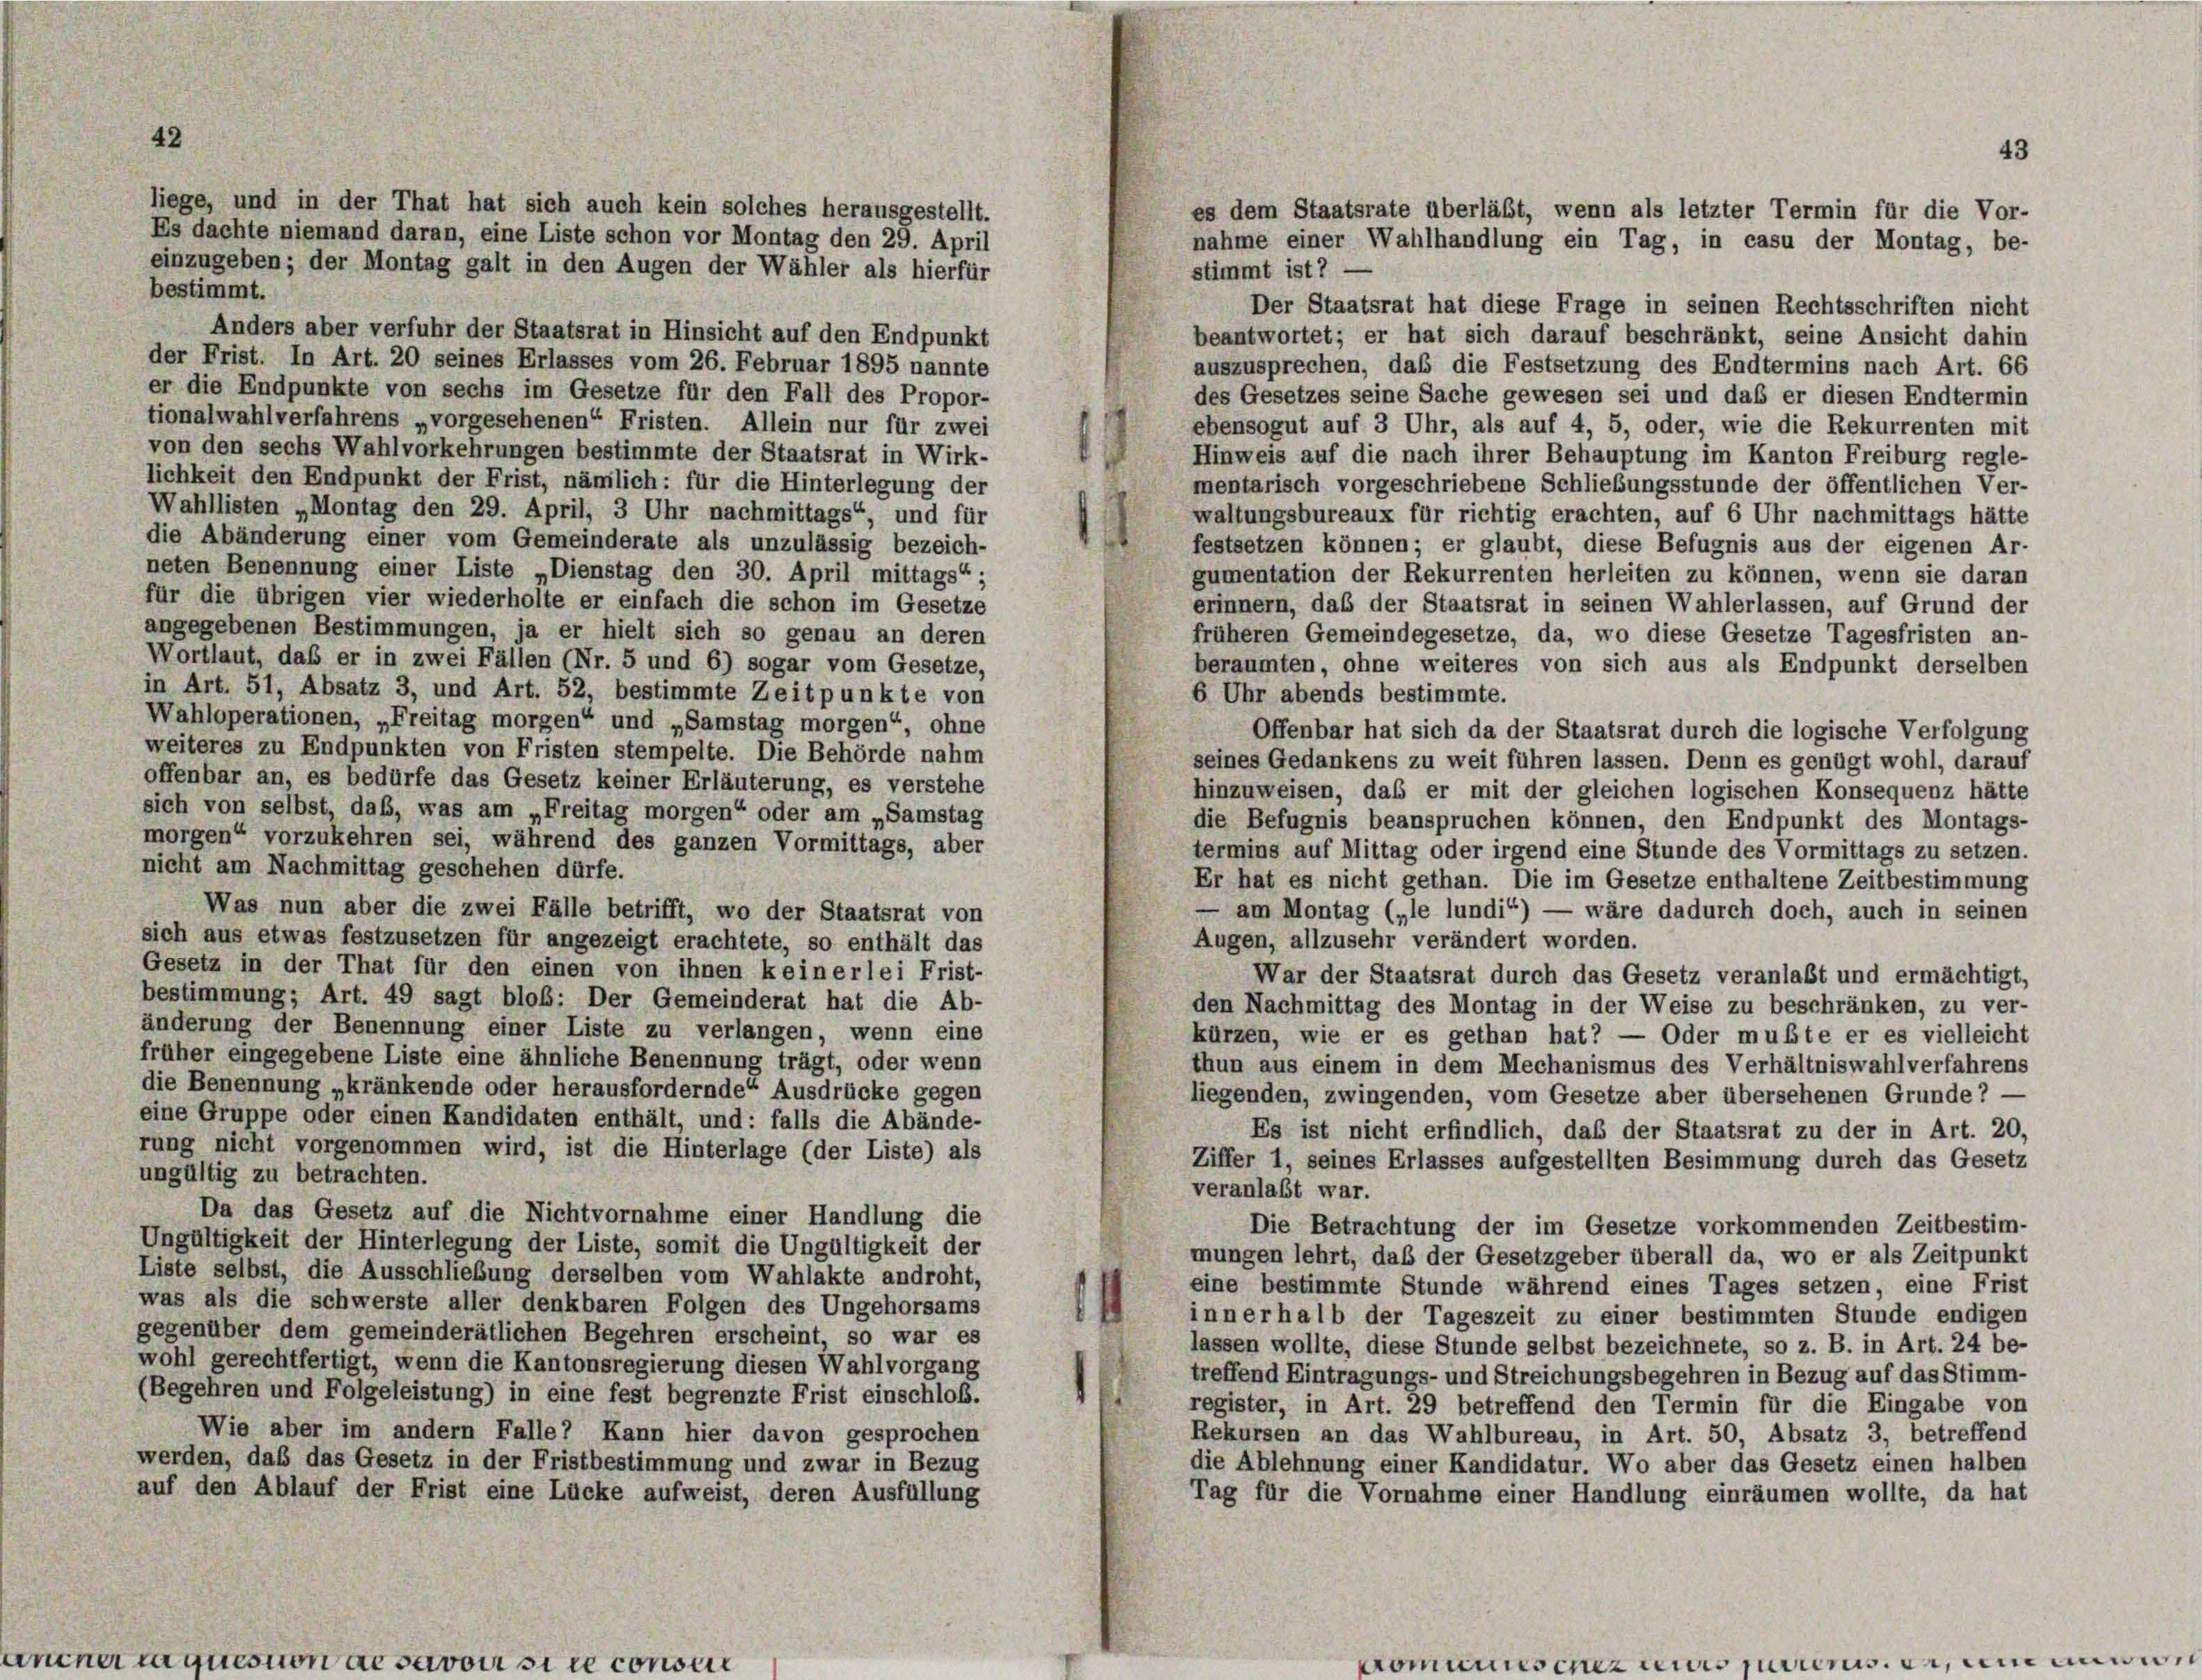
42

liege, und in der That hat sich auch kein solches herausgestellt.
Es dachte niemand daran, eine Liste schon vor Montag den 29. April
einzugeben; der Montag galt in den Augen der Wähler als hierfür
bestimmt.

stimmt ist? –
Der Staatsrat hat diese Frage in seinen Rechtsschriften nicht
Anders aber verfuhr der Staatsrat in Hinsicht auf den Endpunkt
beantwortet; er hat sich darauf beschränkt, seine Ansicht dahin
der Frist. In Art. 20 seines Erlasses vom 26. Februar 1895 nannte
auszusprechen, daß die Festsetzung des Endtermins nach Art. 66
er die Endpunkte von sechs im Gesetze für den Fall des Propor-
des Gesetzes seine Sache gewesen sei und daß er diesen Endtermin
tionalwahlverfahrens „vorgesehenen“ Fristen. Allein nur für zwei
ebensogut auf 3 Uhr, als auf 4, 5, oder, wie die Rekurrenten mit
von den sechs Wahlvorkehrungen bestimmte der Staatsrat in Wirk-
Hinweis auf die nach ihrer Behauptung im Kanton Freiburg regle-
lichkeit den Endpunkt der Frist, nämlich: für die Hinterlegung der
mentarisch vorgeschriebene Schließungsstunde der öffentlichen Ver-
Wahllisten „Montag den 29. April, 3 Uhr nachmittags“, und für
waltungsbureaux für richtig erachten, auf 6 Uhr nachmittags hätte
die Abänderung einer vom Gemeinderate als unzulässig bezeich-
festsetzen können; er glaubt, diese Befugnis aus der eigenen Ar-
neten Benennung einer Liste „Dienstag den 30. April mittags“;
gumentation der Rekurrenten herleiten zu können, wenn sie daran
für die übrigen vier wiederholte er einfach die schon im Gesetze
erinnern, daß der Staatsrat in seinen Wahlerlassen, auf Grund der
angegebenen Bestimmungen, ja er hielt sich so genau an deren
früheren Gemeindegesetze, da, wo diese Gesetze Tagesfristen an-
Wortlaut, daß er in zwei Fällen (Nr. 5 und 6) sogar vom Gesetze,
beraumten, ohne weiteres von sich aus als Endpunkt derselben
in Art. 51, Absatz 3, und Art. 52, bestimmte Zeitpunkte von
6 Uhr abends bestimmte.
Wahloperationen, „Freitag morgen“ und „Samstag morgen“, ohne
Offenbar hat sich da der Staatsrat durch die logische Verfolgung
weiteres zu Endpunkten von Fristen stempelte. Die Behörde nahm
seines Gedankens zu weit führen lassen. Denn es genügt wohl, darauf
offenbar an, es bedürfe das Gesetz keiner Erläuterung, es verstehe
hinzuweisen, daß er mit der gleichen logischen Konsequenz hätte
sich von selbst, daß, was am „Freitag morgen“ oder am „Samstag
die Befugnis beanspruchen können, den Endpunkt des Montags-
morgen“ vorzukehren sei, während des ganzen Vormittags, aber
termins auf Mittag oder irgend eine Stunde des Vormittags zu setzen.
nicht am Nachmittag geschehen dürfe.
Er hat es nicht gethan. Die im Gesetze enthaltene Zeitbestimmung
Was nun aber die zwei Fälle betrifft, wo der Staatsrat von
— am Montag („le lundi“) — wäre dadurch doch, auch in seinen
sich aus etwas festzusetzen für angezeigt erachtete, so enthält das
Augen, allzusehr verändert worden.
Gesetz in der That für den einen von ihnen keinerlei Frist-
War der Staatsrat durch das Gesetz veranlaßt und ermächtigt,
bestimmung; Art. 49 sagt bloß: Der Gemeinderat hat die Ab-
den Nachmittag des Montag in der Weise zu beschränken, zu ver-
änderung der Benennung einer Liste zu verlangen, wenn eine
kürzen, wie er es gethan hat? — Oder mußte er es vielleicht
früher eingegebene Liste eine ähnliche Benennung trägt, oder wenn
thun aus einem in dem Mechanismus des Verhältniswahlverfahrens
die Benennung „kränkende oder herausfordernde“ Ausdrücke gegen
liegenden, zwingenden, vom Gesetze aber übersehenen Grunde? —
eine Gruppe oder einen Kandidaten enthält, und: falls die Abände-
Es ist nicht erfindlich, daß der Staatsrat zu der in Art. 20,
rung nicht vorgenommen wird, ist die Hinterlage (der Liste) als
Ziffer 1, seines Erlasses aufgestellten Besimmung durch das Gesetz
ungültig zu betrachten.
veranlaßt war.
Da das Gesetz auf die Nichtvornahme einer Handlung die
Die Betrachtung der im Gesetze vorkommenden Zeitbestim-
Ungültigkeit der Hinterlegung der Liste, somit die Ungültigkeit der
mungen lehrt, daß der Gesetzgeber überall da, wo er als Zeitpunkt
Liste selbst, die Ausschließung derselben vom Wahlakte androht,
eine bestimmte Stunde während eines Tages setzen, eine Frist
was als die schwerste aller denkbaren Folgen des Ungehorsams
innerhalb der Tageszeit zu einer bestimmten Stunde endigen
gegenüber dem gemeinderätlichen Begehren erscheint, so war es
lassen wollte, diese Stunde selbst bezeichnete, so z. B. in Art. 24 be-
wohl gerechtfertigt, wenn die Kantonsregierung diesen Wahlvorgang
treffend Eintragungs- und Streichungsbegehren in Bezug auf das Stimm-
(Begehren und Folgeleistung) in eine fest begrenzte Frist einschloß.
register, in Art. 29 betreffend den Termin für die Eingabe von
Wie aber im andern Falle? Kann hier davon gesprochen
Rekursen an das Wahlbureau, in Art. 50, Absatz 3, betreffend
werden, daß das Gesetz in der Fristbestimmung und zwar in Bezug
die Ablehnung einer Kandidatur. Wo aber das Gesetz einen halben
auf den Ablauf der Frist eine Lücke aufweist, deren Ausfüllung
Tag für die Vornahme einer Handlung einräumen wollte, da hat

43
es dem Staatsrate überläßt, wenn als letzter Termin für die Vor-
nahme einer Wahlhandlung ein Tag, in casu der Montag, be-